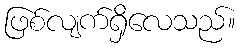
ဖြစ်လျက်ရှိလေသည်။